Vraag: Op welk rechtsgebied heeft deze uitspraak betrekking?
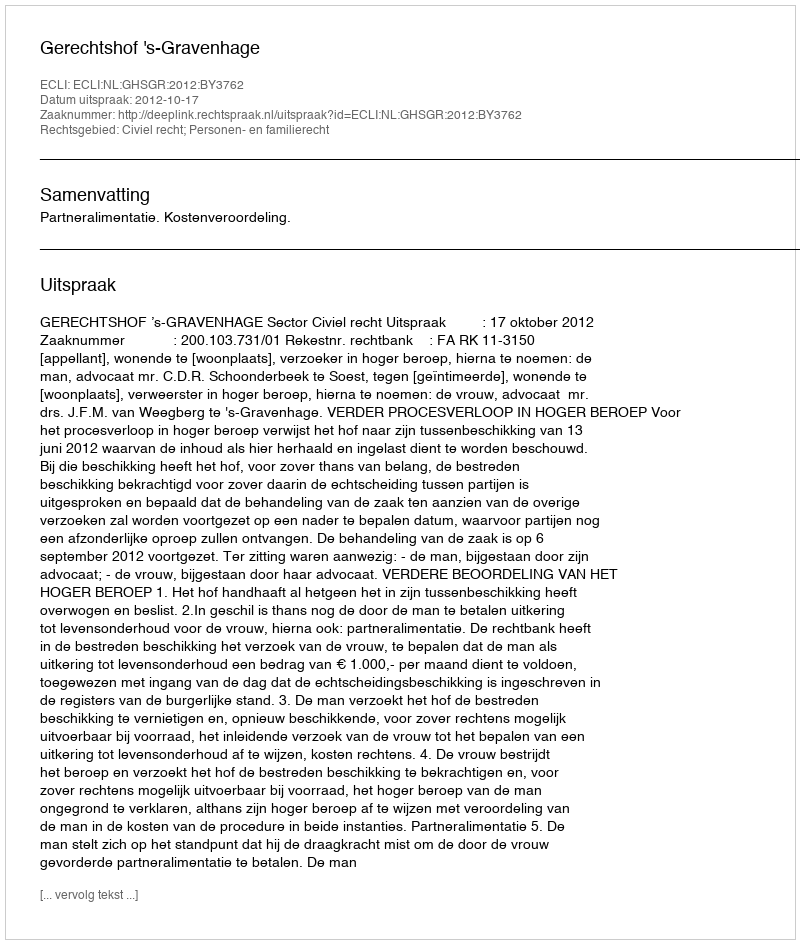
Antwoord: Civiel recht; Personen- en familierecht